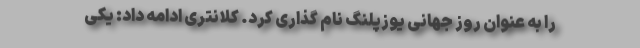
را به عنوان روز جهانی یوزپلنگ نام گذاری کرد. کلانتری ادامه داد: یکی